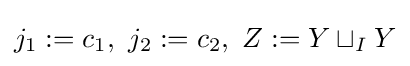
j_{1}:=c_{1},\ j_{2}:=c_{2},\ Z:=Y\sqcup _{I}Y